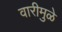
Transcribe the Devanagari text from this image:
वारीमुळे